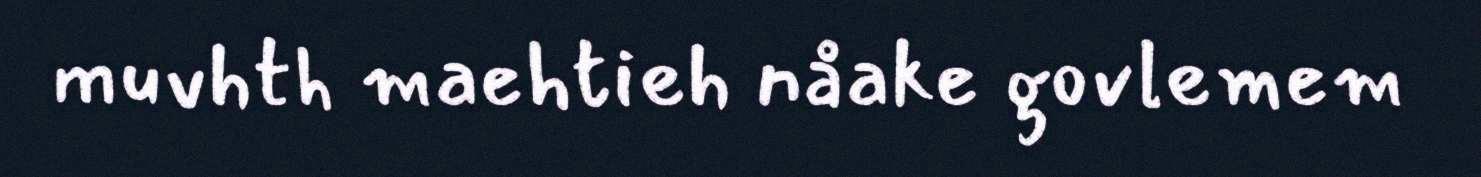
muvhth maehtieh nåake govlemem